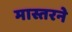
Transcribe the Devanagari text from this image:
मास्तरने